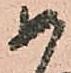
如